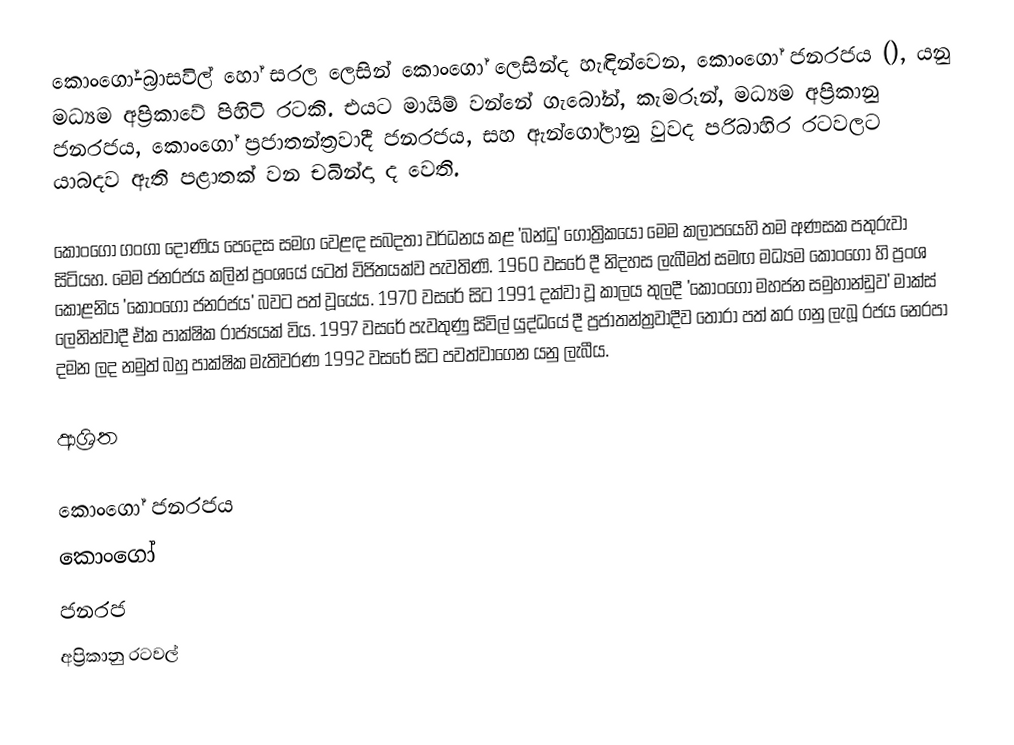
කොංගෝ-බ්‍රාසවිල් හෝ සරල ලෙසින් කොංගෝ ලෙසින්ද හැඳින්වෙන, කොංගෝ ජනරජය (), යනු මධ්‍යම අප්‍රිකාවේ පිහිටි  රටකි. එයට මායිම් වන්නේ ගැබෝන්, කැමරූන්, මධ්‍යම අප්‍රිකානු ජනරජය, කොංගෝ ප්‍රජාතන්ත්‍රවාදී ජනරජය, සහ ඇන්ගෝලානු වුවද පරිබාහිර රටවලට යාබදව ඇති පළාතක්  වන චබින්දා ද වෙති.

කොංගෝ ගංගා දෝණිය පෙදෙස සමග වෙළඳ සබදතා වර්ධනය කළ 'බන්ධු' ගෝත්‍රිකයෝ මෙම කලාපයෙහි තම අණසක පතුරුවා සිටියහ. මෙම ජනරජය  කලින් ප්‍රංශයේ  යටත් විජිතයක්ව පැවතිණි. 1960 වසරේ දී නිදහස ලැබීමත් සමඟ  මධ්‍යම කෝංගෝ හි ප්‍රංශ කොළනිය 'කොංගෝ ජනරජය' බවට පත් වූයේය. 1970 වසරේ සිට 1991 දක්වා වූ කාලය තුලදී 'කොංගෝ මහජන සමුහාන්ඩුව' මාක්ස් ලෙනින්වාදී ඒක පාක්ෂික රාජ්‍යයක් විය.  1997 වසරේ පැවතුණු  සිවිල් යුද්ධයේ දී ප්‍රජාතන්ත්‍රවාදීව තෝරා පත් කර ගනු ලැබූ රජය නෙරපා දමන ලද නමුත් බහු පාක්ෂික මැතිවරණ 1992 වසරේ සිට පවත්වාගෙන යනු ලැබීය.

ආශ්‍රිත

කොංගෝ ජනරජය
කොංගෝ
ජනරජ
අප්‍රිකානු රටවල්‎